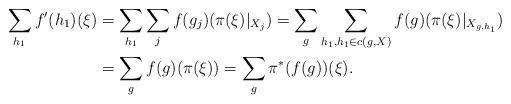
LaTeX: \begin{align*}\sum_{h_1}f'(h_1)(\xi)&=\sum_{h_1}\sum_jf(g_j)(\pi(\xi)|_{X_j})=\sum_g\sum_{h_1, h_1\in c(g, X)}f(g)(\pi(\xi)|_{X_{g, h_1}})\\&=\sum_gf(g)(\pi(\xi))=\sum_{g}\pi^*(f(g))(\xi).\end{align*}